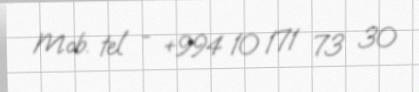
Mob. tel - +994 10 171 73 30